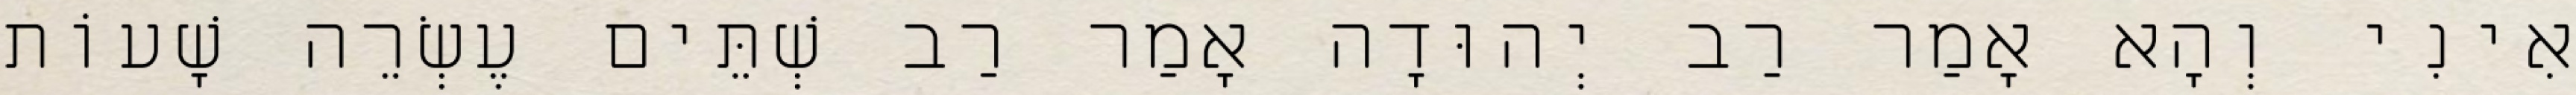
אִינִי וְהָא אָמַר רַב יְהוּדָה אָמַר רַב שְׁתֵּים עֶשְׂרֵה שָׁעוֹת